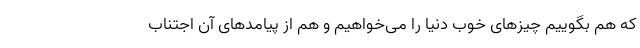
که هم بگوییم چیزهای خوب دنیا را می‌خواهیم و هم از پیامدهای آن اجتناب